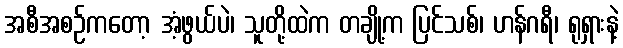
အစီအစဉ်ကတော့ အံ့ဖွယ်ပဲ၊ သူတို့ထဲက တချို့က ပြင်သစ်၊ ဟန်ဂရီ၊ ရုရှားနဲ့